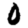
Digit: 0